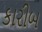
કારીબ